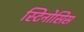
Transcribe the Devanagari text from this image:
स्टिनोसिस